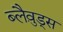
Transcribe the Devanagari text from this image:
ब्लैव़ुड्स